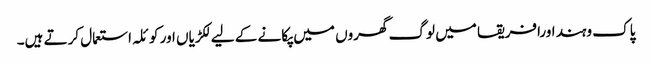
پاک وہند اورافریقا میں لوگ گھروں میں پکانے کے لیے لکڑیاں اور کوئلہ استعمال کرتے ہیں۔